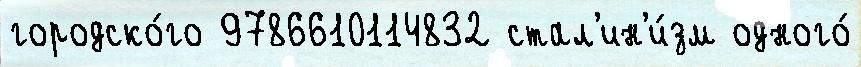
городско́го 9786610114832 стал'ин'и́зм одного́